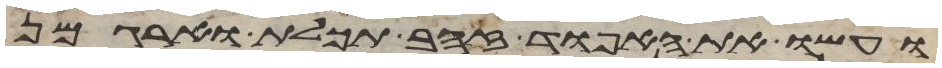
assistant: ועשו את האפוד זהב תכלת וארגמן